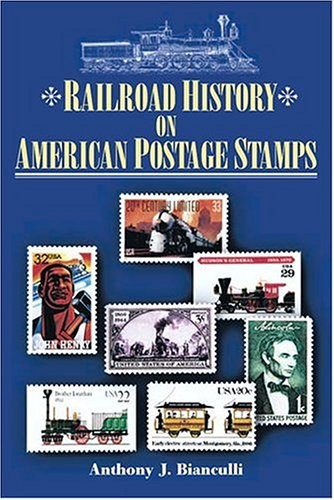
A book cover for Railroad History on American Postage Stamps; Anthony J. Bianculli; Crafts, Hobbies & Home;